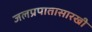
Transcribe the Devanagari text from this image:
जलप्रपातासारखी